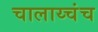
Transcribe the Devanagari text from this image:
चालाय्चंच